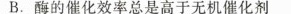
B.酶的催化效率总是高于无机催化剂